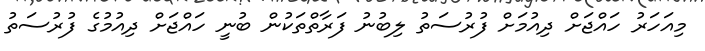
މިއަހަރު ހައްޖަށް ދިއުމަށް ފުރުސަތު ލިބުނު ފަރާތްތަކުން ބުނީ ހައްޖަށް ދިއުމުގެ ފުރުސަތު